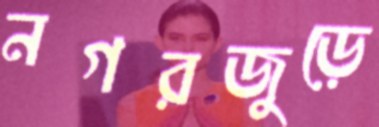
নগরজুড়ে